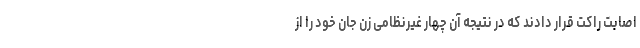
اصابت راکت قرار دادند که در نتیجه آن چهار غیرنظامی زن جان خود را از